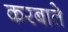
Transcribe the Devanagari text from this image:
करबाते